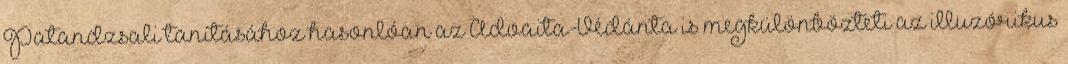
Patandzsali tanításához hasonlóan az Advaita-Védánta is megkülönbözteti az illuzórikus